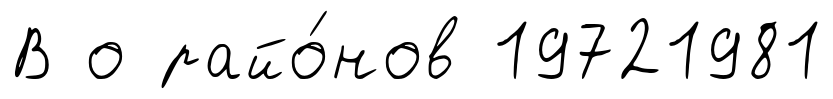
В о райо́нов 19721981